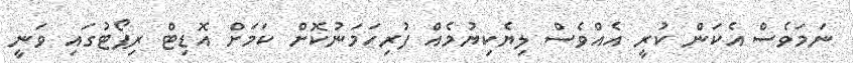
ނަމަވެސް އެކަން ކުރީ އެއްވެސް ލިޔެކިޔުމެއް ފުރިހަމަނުކޮށް ކަމަށް އޮޑިޓް ރިޕޯޓުގައި ވަނީ